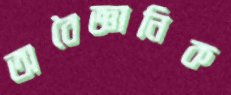
অবৈজ্ঞানিক